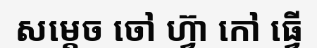
សម្តេច ចៅ ហ្វ៊ា កៅ ធ្វើ